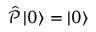
{ \hat { \mathcal { P } } } \left| 0 \right\rangle = \left| 0 \right\rangle